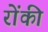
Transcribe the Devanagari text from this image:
रोंकी